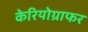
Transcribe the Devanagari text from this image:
केरियोग्राफर